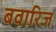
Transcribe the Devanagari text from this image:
बवारिज